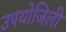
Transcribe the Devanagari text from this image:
उपयोजिली